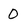
Character: 0